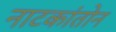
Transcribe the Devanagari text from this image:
नाटकांतोन